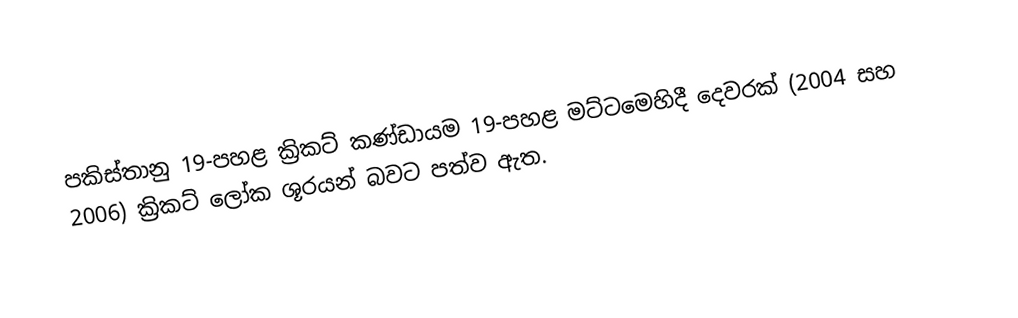
පකිස්තානු 19-පහළ ක්‍රිකට් කණ්ඩායම 19-පහළ මට්ටමෙහිදී දෙවරක් (2004 සහ 2006) ක්‍රිකට් ලෝක ශූරයන් බවට පත්ව ඇත.